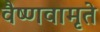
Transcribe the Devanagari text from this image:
वैष्णवामृते